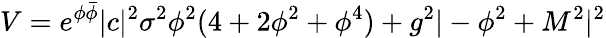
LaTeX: V=e^{\phi\bar{\phi}}|c|^{2}\sigma^{2}\phi^{2}(4+2\phi^{2}+\phi^{4})+g^{2}|-\phi^{2}+M^{2}|^{2}